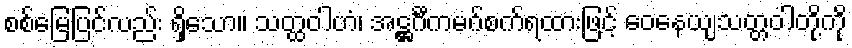
စစ်မြေပြင်လည်း ရှိသော။ သတ္ထဝါဟံ၊ အဋ္ဌင်္ဂီကမဂ်စက်ရထားဖြင့် ဝေနေယျသတ္တဝါတို့ကို